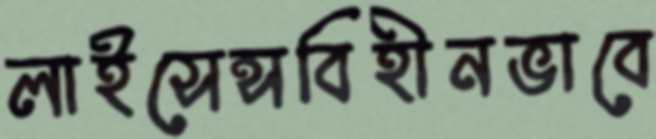
লাইসেন্সবিহীনভাবে